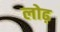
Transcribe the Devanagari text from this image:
लोढ़